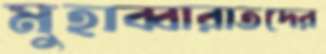
মুহাব্বারাতদের